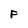
Character: F